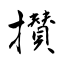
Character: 攅